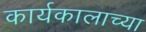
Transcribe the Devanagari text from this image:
कार्यकालाच्या